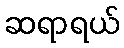
ဆရာရယ်